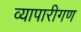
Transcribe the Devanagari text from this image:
व्‍यापारीगण